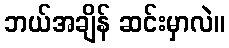
ဘယ်အချိန် ဆင်းမှာလဲ။